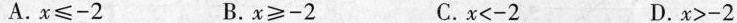
A.$$x ≤ - 2$$ B.$$x ≥ - 2$$ C.$$x < - 2$$ D.$$x > - 2$$